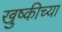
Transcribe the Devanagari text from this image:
खुष्कीच्या